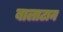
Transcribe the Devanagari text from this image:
बालाटान